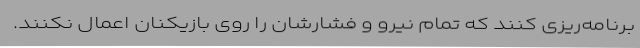
برنامه‌ریزی کنند که تمام نیرو و فشارشان را روی بازیکنان اعمال نکنند.